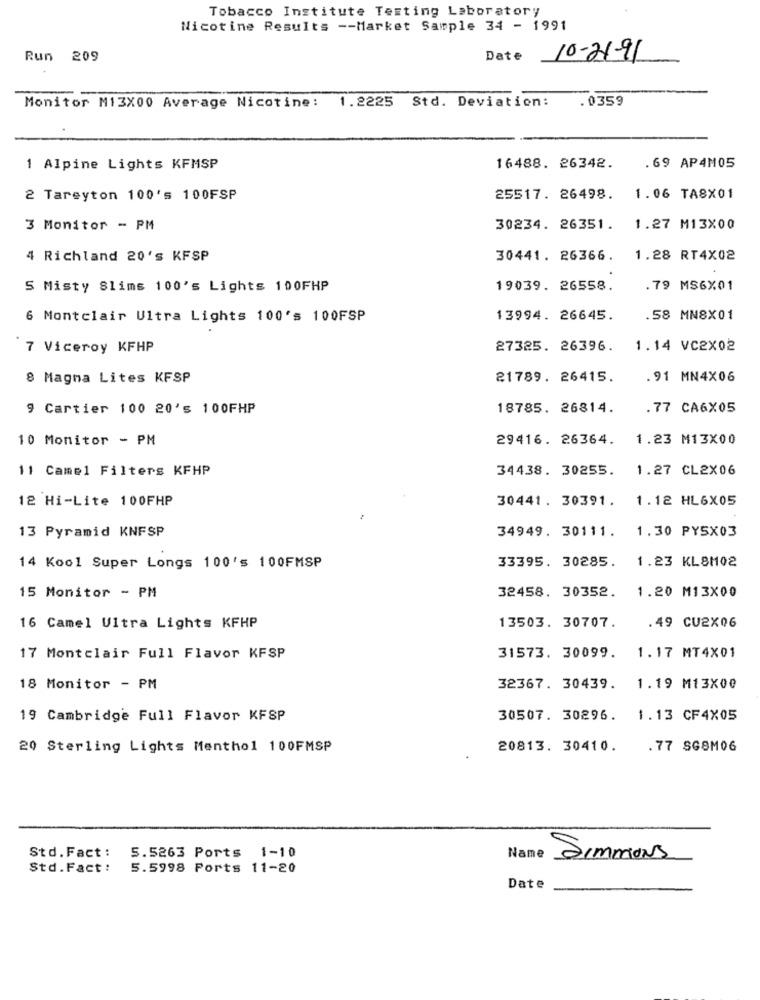
Tobacco Institute Testing Laboratory
Nicotine Results -- Market Sample 34 - 1991
Run 209
Date
10-21-91
Monitor M13X00 Average Nicotine: 1.2225 Std. Deviation:
.0359
1 Alpine Lights KFMSP
16488. 26342.
.69 AP4M05
2 Tareyton 100's 100FSP
25517. 26498.
1.06 TA8X01
3 Monitor - PM
30234. 26351.
1.27 M13X00
4 Richland 20's KFSP
30441. 26366.
1.28 RT4X02
S Misty Slims 100's Lights 100FHP
19039. 26558.
.79 MS6X01
6 Montclair Ultra Lights 100's 100FSP
13994. 26645.
.58 MN8X01
7 Viceroy KFHP
27325. 26396. 1.14 VC2X02
8 Magma Lites KFSP
21789. 26415.
.91 MN4X06
9 Cartier 100 20's 100FHP
18785. 26814.
.77 CA6X05
10 Monitor - PM
29416. 26364.
1.23 M13X00
11 Camel Filters KFHP
34438. 30255.
1.27 CL2X06
12 Hi-Lite 100FHP
30441. 30391.
1.12 HL6X05
13 Pyramid KNFSP
34949. 30111.
1.30 PYSX03
1.23 KL8M02
14 Kool Super Longs 100's 100FMSP
33395. 30285.
15 Monitor - PM
32458. 30352.
1.20 M13X00
13503. 30707.
.49 CU2X06
16 Camel Ultra Lights KFHP
17 Montclair Full Flavor KFSP
31573. 30099.
1.17 MT4X01
18 Monitor - PM
32367. 30439.
1.19 M13X00
19 Cambridge Full Flavor KFSP
30507. 30296.
1.13 CF4X05
20 Sterling Lights Menthol 100FMSP
20813. 30410.
.77 SGSM06
Std.Fact :
5.5263 Ports 1-10
Name
Simmons
Std.Fact:
5.5998 Ports 11-20
Date